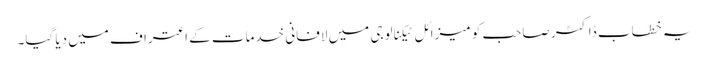
یہ خطاب ڈاکٹر صاحب کو میزائل ٹیکنالوجی میں لافانی خدمات کے اعتراف میں دیا گیا۔